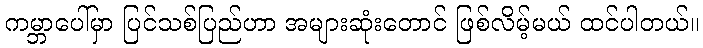
ကမ္ဘာပေါ်မှာ ပြင်သစ်ပြည်ဟာ အများဆုံးတောင် ဖြစ်လိမ့်မယ် ထင်ပါတယ်။